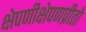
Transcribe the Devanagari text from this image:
क्षेपणीक्षेपणप्रीतो